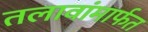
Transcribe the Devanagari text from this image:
तलावांमार्फत